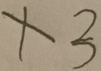
x 3